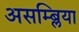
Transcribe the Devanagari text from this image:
असम्ब्लिया